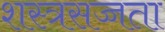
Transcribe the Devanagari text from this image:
शस्त्रसज्जता